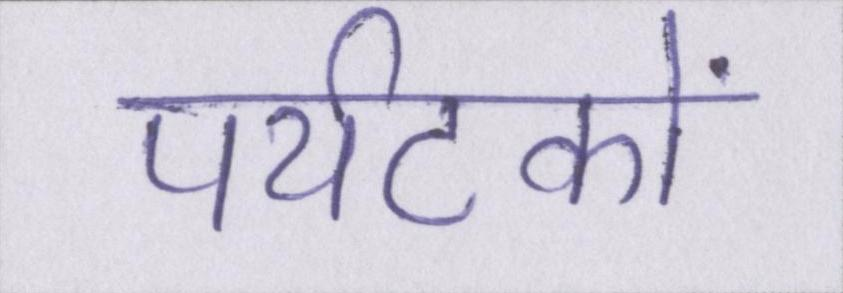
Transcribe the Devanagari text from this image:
पर्यटकों